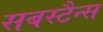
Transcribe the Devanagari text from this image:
सबस्टैन्स